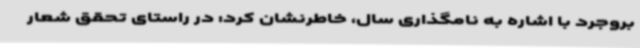
بروجرد با اشاره به نامگذاری سال، خاطرنشان کرد: در راستای تحقق شعار